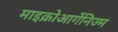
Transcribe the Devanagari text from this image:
माइक्रोआर्गेनिज्म